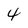
Character: 4